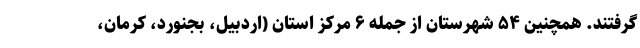
گرفتند. همچنین ۵۴ شهرستان از جمله ۶ مرکز استان (اردبیل، بجنورد، کرمان،